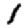
Digit: 1